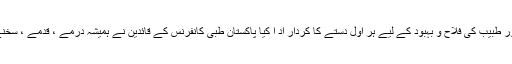
11 مئی2018ء) پاکستان طبی کانفرنس نے ہمیشہ اپنے اکابرین کے نقشے قدم پر چلتے ہوئے طب اور طبیب کی فلاح و بہبود کے لیے ہر اول دستے کا کردار اد ا کیا پاکستان طبی کانفرنس کے قائدین نے ہمیشہ درمے ، قدمے ، سخنے اطباء کے لیے ایسے اقدامات کیے جو کہ اطباء کی تاریخ میں سنہرے حروف سے لکھی جائے گی۔